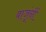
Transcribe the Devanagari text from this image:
बाजूंनीं